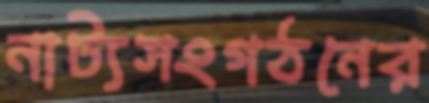
নাট্যসংগঠনের